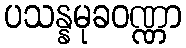
ပသန္နမုခဝဏ္ဏာ